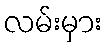
လမ်းမှား